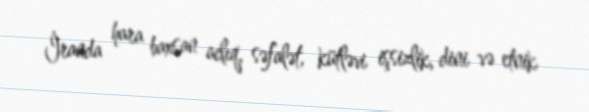
İranda hara baxsan aclıq, səfalət, kütləvi işsizlik, dini və etnik